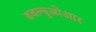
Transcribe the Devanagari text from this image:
डबल्यूओआर